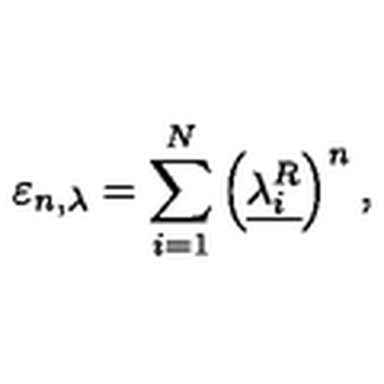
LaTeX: \varepsilon _ { n , \lambda } = \sum _ { i = 1 } ^ { N } \left( \underline { { \lambda _ { i } ^ { R } } } \right) ^ { n } ,